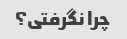
چرا نگرفتی؟